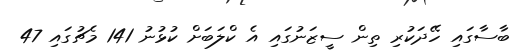
ބާސާގައި ހޭދަކުރި ތިން ސީޒަނުގައި އެ ކްލަބަށް ކުޅުނު 141 މެޗުގައި 47